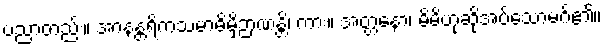
ပညာတည်း။ အာနန္တရိကသမာဓိမှိဉာဏန္တိ၊ ကား။ အတ္တနော၊ မိမိဟုဆိုအပ်သောမဂ်၏။